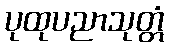
ပုထုပညာသုတ္တံ